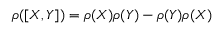
\rho ( [ X , Y ] ) = \rho ( X ) \rho ( Y ) - \rho ( Y ) \rho ( X )